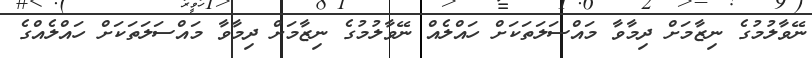
ނޭވާލުމުގެ ނިޒާމަށް ދިމާވާ މައްސަލަތަކަށް ހައްލެއް ނޭވާލުމުގެ ނިޒާމަށް ދިމާވާ މައްސަލަތަކަށް ހައްލެއްގެ